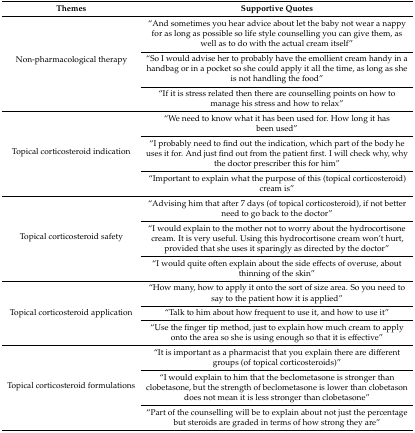
<table><thead><tr><td><b>Themes</b></td><td><b>Supportive Quotes</b></td></tr></thead><tbody><tr><td rowspan="3">Non-pharmacological therapy</td><td>“And sometimes you hear advice about let the baby not wear a nappy for as long as possible so life style counselling you can give them, as well as to do with the actual cream itself”</td></tr><tr><td>“So I would advise her to probably have the emollient cream handy in a handbag or in a pocket so she could apply it all the time, as long as she is not handling the food”</td></tr><tr><td>“If it is stress related then there are counselling points on how to manage his stress and how to relax”</td></tr><tr><td rowspan="3">Topical corticosteroid indication</td><td>“We need to know what it has been used for. How long it has been used”</td></tr><tr><td>“I probably need to find out the indication, which part of the body he uses it for. And just find out from the patient first. I will check why, why the doctor prescriber this for him”</td></tr><tr><td>“Important to explain what the purpose of this (topical corticosteroid) cream is”</td></tr><tr><td rowspan="3">Topical corticosteroid safety</td><td>“Advising him that after 7 days (of topical corticosteroid), if not better need to go back to the doctor”</td></tr><tr><td>“I would explain to the mother not to worry about the hydrocortisone cream. It is very useful. Using this hydrocortisone cream won’t hurt, provided that she uses it sparingly as directed by the doctor”</td></tr><tr><td>“I would quite often explain about the side effects of overuse, about thinning of the skin”</td></tr><tr><td rowspan="3">Topical corticosteroid application</td><td>“How many, how to apply it onto the sort of size area. So you need to say to the patient how it is applied”</td></tr><tr><td>“Talk to him about how frequent to use it, and how to use it”</td></tr><tr><td>“Use the finger tip method, just to explain how much cream to apply onto the area so she is using enough so that it is effective”</td></tr><tr><td rowspan="3">Topical corticosteroid formulations</td><td>“It is important as a pharmacist that you explain there are different groups (of topical corticosteroids)”</td></tr><tr><td>“I would explain to him that the beclometasone is stronger than clobetasone, but the strength of beclometasone is lower than clobetason does not mean it is less stronger than clobetasone”</td></tr><tr><td>“Part of the counselling will be to explain about not just the percentage but steroids are graded in terms of how strong they are”</td></tr></tbody></table>